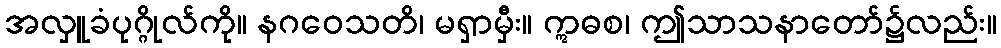
အလှူခံပုဂ္ဂိုလ်ကို။ နဂဝေသတိ၊ မရှာမှီး။ ဣဓစ၊ ဤသာသနာတော်၌လည်း။